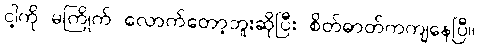
ငါ့ကို မကြိုက် လောက်တော့ဘူးဆိုပြီး စိတ်ဓာတ်ကကျနေပြီ။